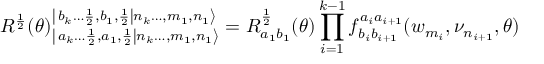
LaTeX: R ^ { \frac { 1 } { 2 } } ( \theta ) _ { \left| \left. a _ { k } \dots \frac { 1 } { 2 } , a _ { 1 } , \frac { 1 } { 2 } \right| n _ { k } \dots , m _ { 1 } , n _ { 1 } \right\rangle } ^ { \left| \left. b _ { k } \dots \frac { 1 } { 2 } , b _ { 1 } , \frac { 1 } { 2 } \right| n _ { k } \dots , m _ { 1 } , n _ { 1 } \right\rangle } = R _ { a _ { 1 } b _ { 1 } } ^ { \frac { 1 } { 2 } } ( \theta ) \prod _ { i = 1 } ^ { k - 1 } f _ { b _ { i } b _ { i + 1 } } ^ { a _ { i } a _ { i + 1 } } ( w _ { m _ { i } } , \nu _ { n _ { i + 1 } } , \theta )